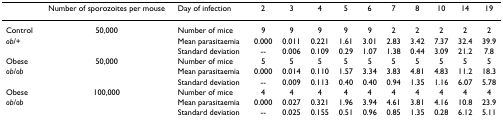
<table><thead><tr><td></td><td><b>Number of sporozoites per mouse</b></td><td><b>Day of infection</b></td><td><b>2</b></td><td><b>3</b></td><td><b>4</b></td><td><b>5</b></td><td><b>6</b></td><td><b>7</b></td><td><b>8</b></td><td><b>10</b></td><td><b>14</b></td><td><b>19</b></td></tr></thead><tbody><tr><td>Control</td><td>50,000</td><td>Number of mice</td><td>9</td><td>9</td><td>9</td><td>9</td><td>9</td><td>2</td><td>2</td><td>2</td><td>2</td><td>2</td></tr><tr><td><i>ob</i>/+</td><td></td><td>Mean parasitaemia</td><td>0.000</td><td>0.011</td><td>0.221</td><td>1.61</td><td>3.01</td><td>2.83</td><td>3.42</td><td>7.37</td><td>32.4</td><td>39.9</td></tr><tr><td></td><td></td><td>Standard deviation</td><td>--</td><td>0.006</td><td>0.109</td><td>0.29</td><td>1.07</td><td>1.38</td><td>0.44</td><td>3.09</td><td>21.2</td><td>7.8</td></tr><tr><td>Obese</td><td>50,000</td><td>Number of mice</td><td>5</td><td>5</td><td>5</td><td>5</td><td>5</td><td>5</td><td>5</td><td>5</td><td>5</td><td>5</td></tr><tr><td><i>ob/ob</i></td><td></td><td>Mean parasitaemia</td><td>0.000</td><td>0.014</td><td>0.110</td><td>1.57</td><td>3.34</td><td>3.83</td><td>4.81</td><td>4.83</td><td>11.2</td><td>18.3</td></tr><tr><td></td><td></td><td>Standard deviation</td><td>--</td><td>0.009</td><td>0.113</td><td>0.40</td><td>0.40</td><td>0.94</td><td>1.35</td><td>1.16</td><td>6.07</td><td>5.78</td></tr><tr><td>Obese</td><td>100,000</td><td>Number of mice</td><td>4</td><td>4</td><td>4</td><td>4</td><td>4</td><td>4</td><td>4</td><td>4</td><td>4</td><td>4</td></tr><tr><td><i>ob/ob</i></td><td></td><td>Mean parasitaemia</td><td>0.000</td><td>0.027</td><td>0.321</td><td>1.96</td><td>3.94</td><td>4.61</td><td>3.81</td><td>4.16</td><td>10.8</td><td>23.9</td></tr><tr><td></td><td></td><td>Standard deviation</td><td>--</td><td>0.025</td><td>0.155</td><td>0.51</td><td>0.96</td><td>0.85</td><td>1.35</td><td>0.28</td><td>6.12</td><td>5.11</td></tr></tbody></table>